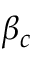
\beta _ { c }